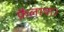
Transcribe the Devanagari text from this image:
फ़ैलाया।